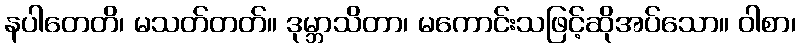
နပါတေတိ၊ မသတ်တတ်။ ဒုမ္ဘာသိတာ၊ မကောင်းသဖြင့်ဆိုအပ်သော။ ဝါစာ၊